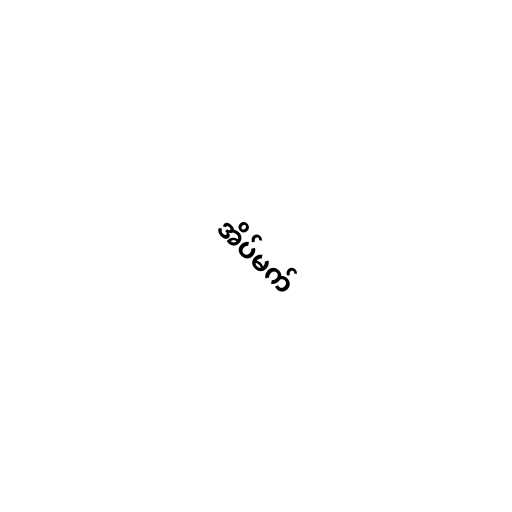
အိပ်မက်